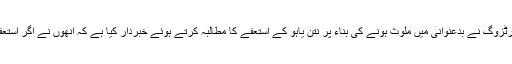
دریں اثنا صیہونی حکومت کے ایک مخالف صیہونی لیڈر اسحاق ہرٹزوگ نے بدعنوانی میں ملوث ہونے کی بناء پر نتن یاہو کے استعفے کا مطالبہ کرتے ہوئے خبردار کیا ہے کہ انھوں نے اگر استعفی نہیں دیا تو انھیں اسرائیل کی عدالت عالیہ کا سامنا کرنا پڑے گا۔